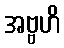
အဗ္ဗဟိ